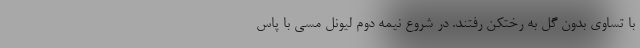
با تساوی بدون گل به رختکن رفتند. در شروع نیمه دوم لیونل مسی با پاس